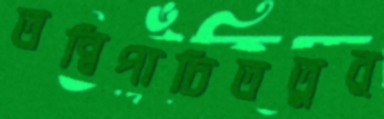
তন্বিপাচিততুর্